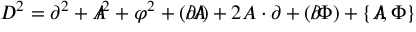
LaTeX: D ^ { 2 } = \partial ^ { 2 } + A \! \! \! / ^ { 2 } + \varphi ^ { 2 } + ( \partial \! \! \! / A \! \! \! / ) + 2 A \cdot \partial + ( \partial \! \! \! / \Phi ) + \{ A \! \! \! / , \Phi \}